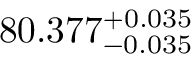
8 0 . 3 7 7 _ { - 0 . 0 3 5 } ^ { + 0 . 0 3 5 }